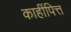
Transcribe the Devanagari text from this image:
काहींपित्त